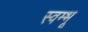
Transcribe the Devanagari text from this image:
स्वम्भू